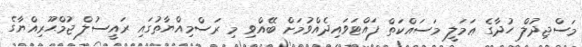
މަސްޖިދުލް ހުދާގެ ޢަމަލީ މަސައްކަތް ފައްޓަވައިދެއްވުމަށް ބޭއްވި މި ރަސްމިއްޔާތުގައި ރައީސުލް ޖުމްޙޫރިއްޔާގެ